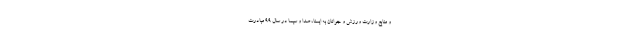
و منابع وزارت ورزش و جوانان به ایسنا، صدا و سیما در سال ۹۹ مبادرت